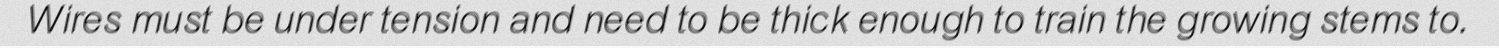
Wires must be under tension and need to be thick enough to train the growing stems to.